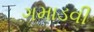
ગમાડવી